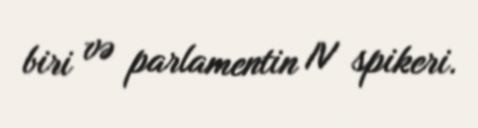
biri və parlamentin IV spikeri.